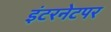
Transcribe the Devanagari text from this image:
इंटरनेटपर